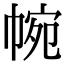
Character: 帵